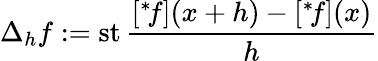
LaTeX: \Delta_{h}f:=\operatorname{st}{\frac{[{}^{*}\! f](x+h)-[{}^{*}\! f](x)}{h}}